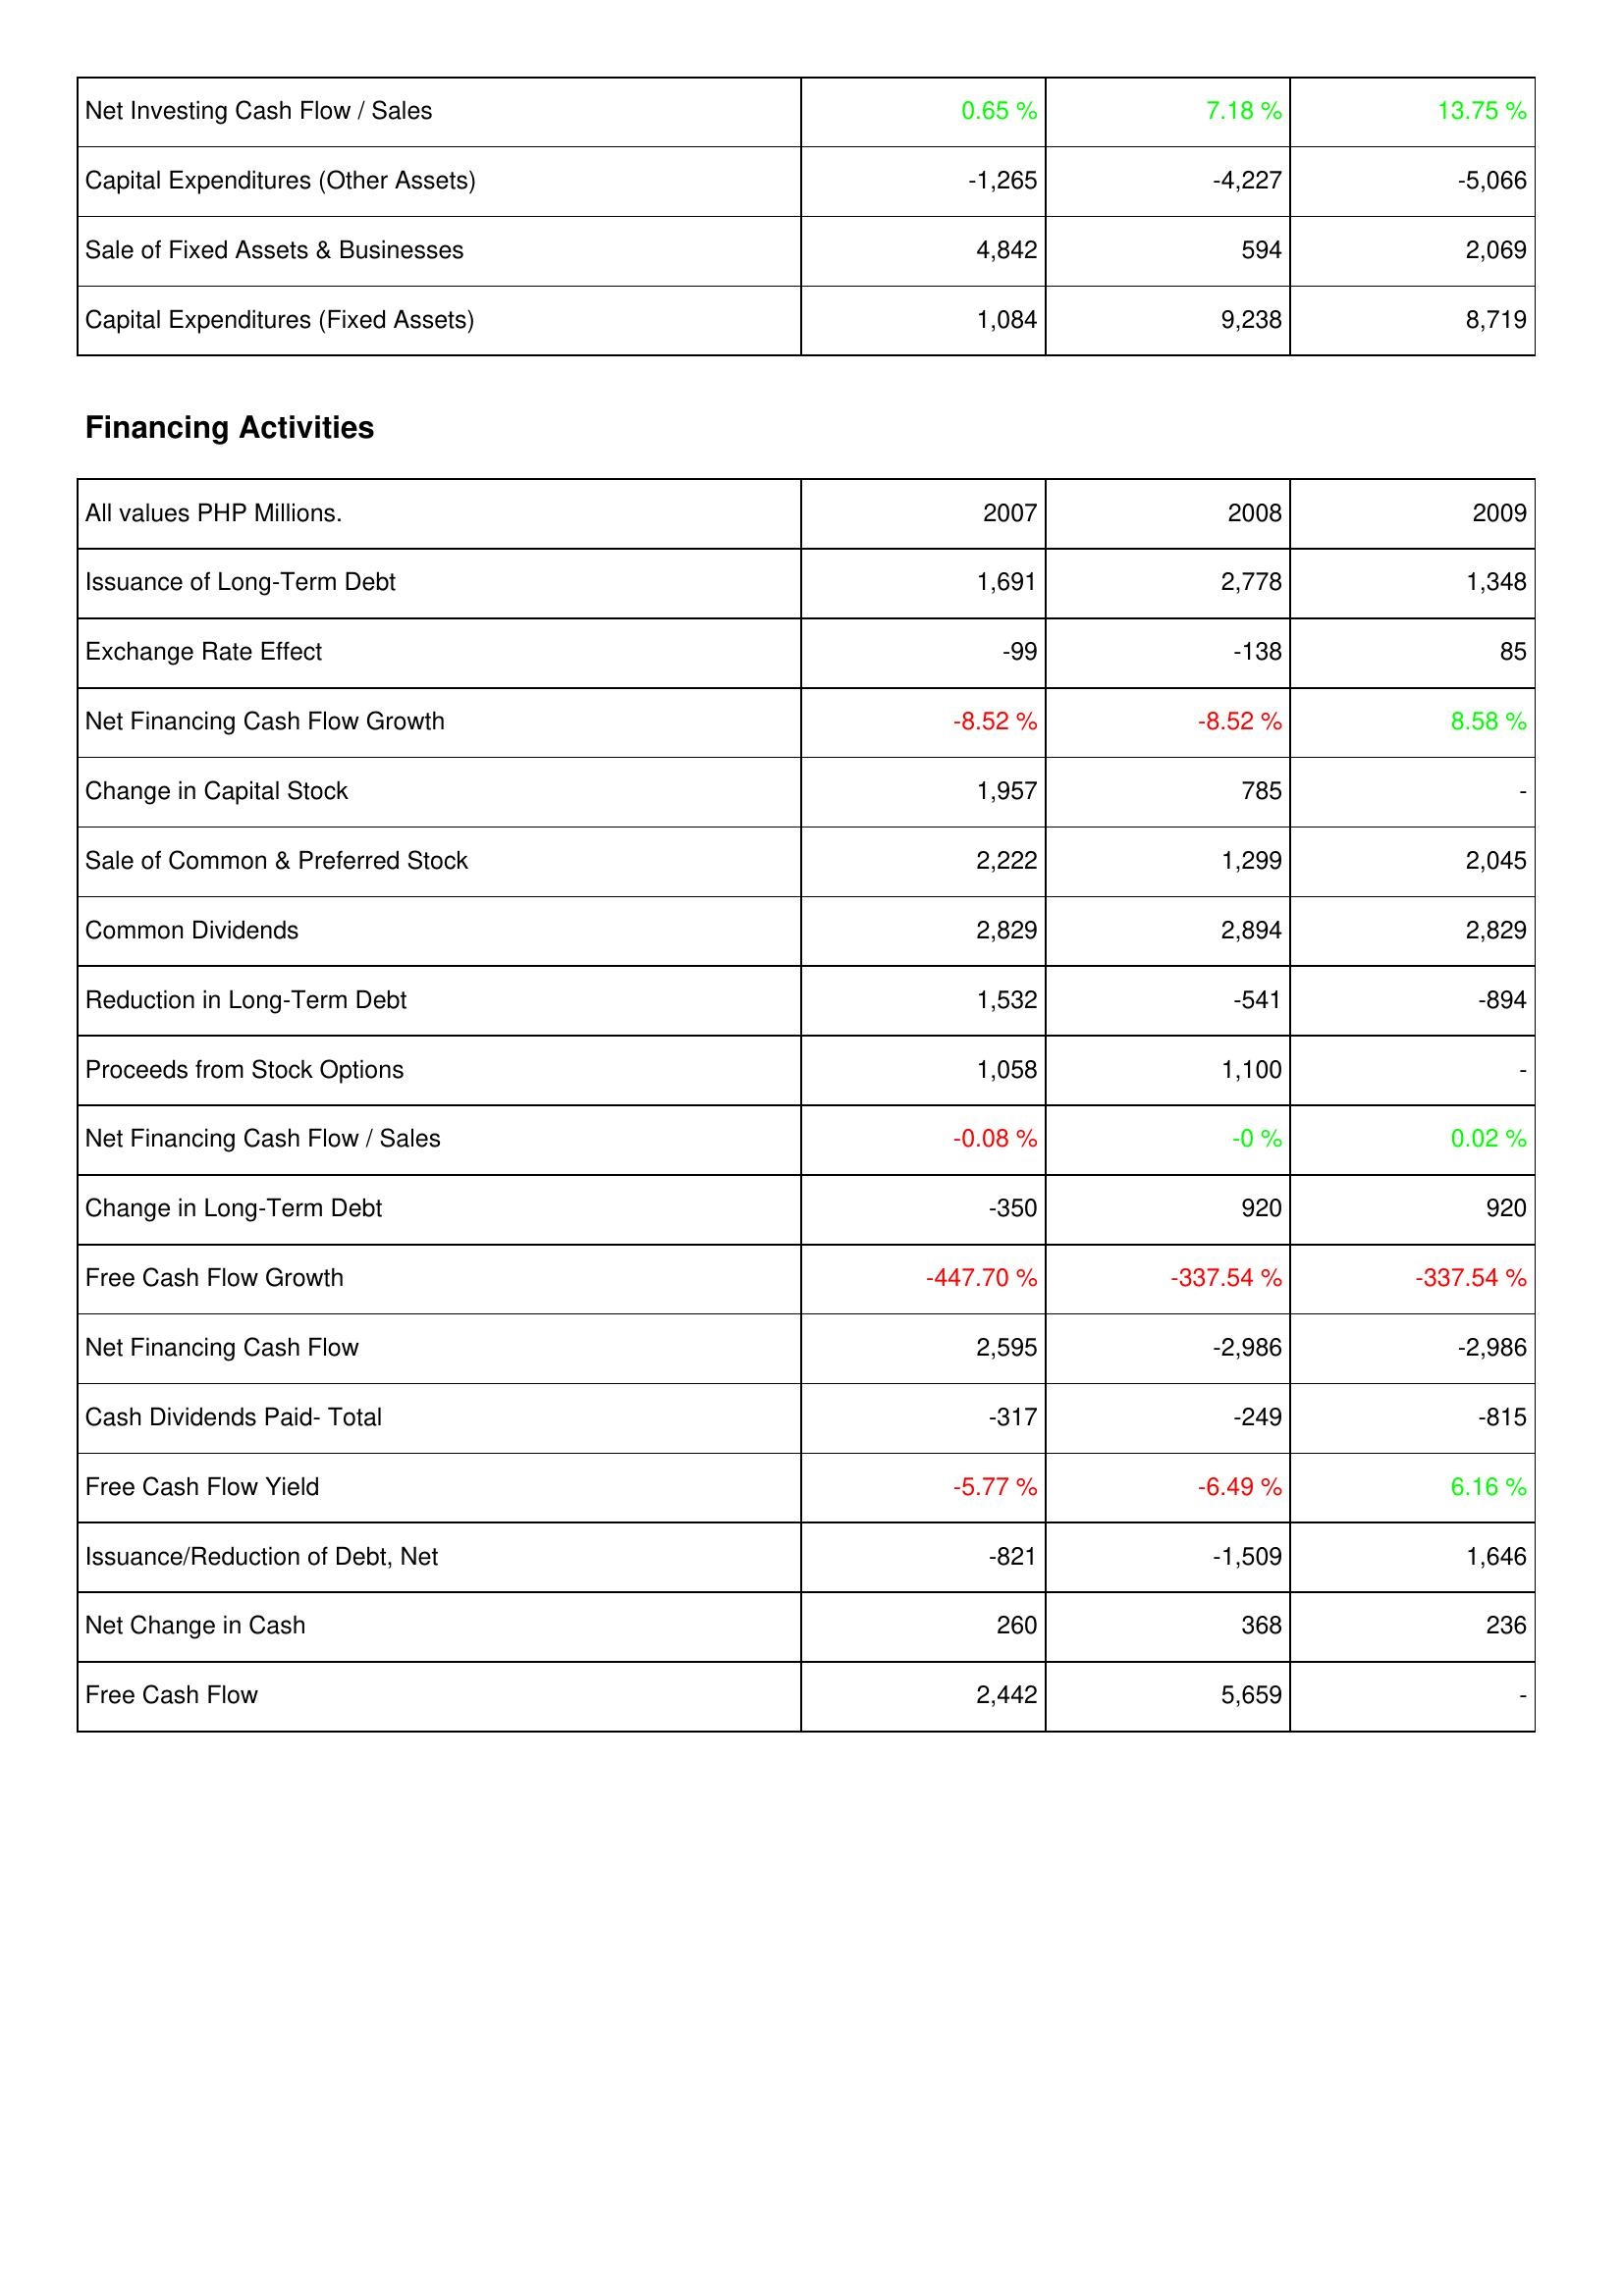
2007: Investing Activities: Net Investing Cash Flow / Sales: 0.65 %
Capital Expenditures (Other Assets): -1,265
Sale of Fixed Assets & Businesses: 4,842
Capital Expenditures (Fixed Assets): 1,084
Financing Activities: Issuance of Long-Term Debt: 1,691
Exchange Rate Effect: -99
Net Financing Cash Flow Growth: -8.52 %
Change in Capital Stock: 1,957
Sale of Common & Preferred Stock: 2,222
Common Dividends: 2,829
Reduction in Long-Term Debt: 1,532
Proceeds from Stock Options: 1,058
Net Financing Cash Flow / Sales: -0.08 %
Change in Long-Term Debt: -350
Free Cash Flow Growth: -447.70 %
Net Financing Cash Flow: 2,595
Cash Dividends Paid- Total: -317
Free Cash Flow Yield: -5.77 %
Issuance/Reduction of Debt, Net: -821
Net Change in Cash: 260
Free Cash Flow: 2,442
2008: Investing Activities: Net Investing Cash Flow / Sales: 7.18 %
Capital Expenditures (Other Assets): -4,227
Sale of Fixed Assets & Businesses: 594
Capital Expenditures (Fixed Assets): 9,238
Financing Activities: Issuance of Long-Term Debt: 2,778
Exchange Rate Effect: -138
Net Financing Cash Flow Growth: -8.52 %
Change in Capital Stock: 785
Sale of Common & Preferred Stock: 1,299
Common Dividends: 2,894
Reduction in Long-Term Debt: -541
Proceeds from Stock Options: 1,100
Net Financing Cash Flow / Sales: -0 %
Change in Long-Term Debt: 920
Free Cash Flow Growth: -337.54 %
Net Financing Cash Flow: -2,986
Cash Dividends Paid- Total: -249
Free Cash Flow Yield: -6.49 %
Issuance/Reduction of Debt, Net: -1,509
Net Change in Cash: 368
Free Cash Flow: 5,659
2009: Investing Activities: Net Investing Cash Flow / Sales: 13.75 %
Capital Expenditures (Other Assets): -5,066
Sale of Fixed Assets & Businesses: 2,069
Capital Expenditures (Fixed Assets): 8,719
Financing Activities: Issuance of Long-Term Debt: 1,348
Exchange Rate Effect: 85
Net Financing Cash Flow Growth: 8.58 %
Change in Capital Stock: -
Sale of Common & Preferred Stock: 2,045
Common Dividends: 2,829
Reduction in Long-Term Debt: -894
Proceeds from Stock Options: -
Net Financing Cash Flow / Sales: 0.02 %
Change in Long-Term Debt: 920
Free Cash Flow Growth: -337.54 %
Net Financing Cash Flow: -2,986
Cash Dividends Paid- Total: -815
Free Cash Flow Yield: 6.16 %
Issuance/Reduction of Debt, Net: 1,646
Net Change in Cash: 236
Free Cash Flow: -